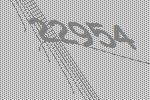
22954